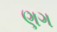
ણગ